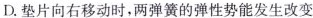
D.垫片向右移动时，两弹簧的弹性势能发生改变